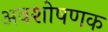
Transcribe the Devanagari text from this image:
अवशोषणक